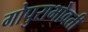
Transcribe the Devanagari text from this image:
गोपुराभोवती